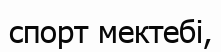
спорт мектебі,